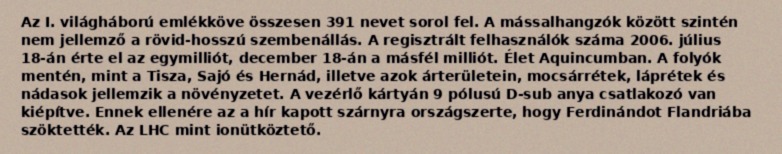
Az I. világháború emlékköve összesen 391 nevet sorol fel. A mássalhangzók között szintén nem jellemző a rövid-hosszú szembenállás. A regisztrált felhasználók száma 2006. július 18-án érte el az egymilliót, december 18-án a másfél milliót. Élet Aquincumban. A folyók mentén, mint a Tisza, Sajó és Hernád, illetve azok árterületein, mocsárrétek, láprétek és nádasok jellemzik a növényzetet. A vezérlő kártyán 9 pólusú D-sub anya csatlakozó van kiépítve. Ennek ellenére az a hír kapott szárnyra országszerte, hogy Ferdinándot Flandriába szöktették. Az LHC mint ionütköztető.